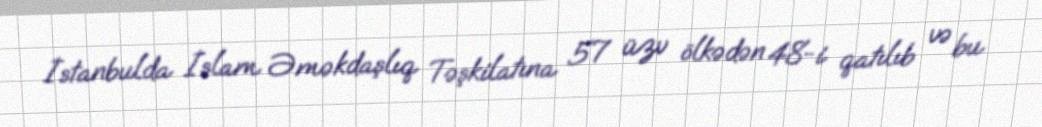
İstanbulda İslam Əməkdaşlıq Təşkilatına 57 üzv ölkədən 48-i qatılıb və bu